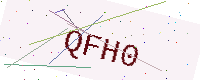
Text: QFH0